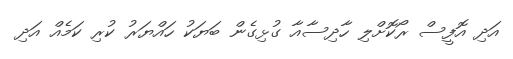
އަދި އޮފީސް ރޯކޮށްލި ހާދިސާއާ ގުޅިގެން ބަޔަކު ހައްޔަރު ކުރި ކަމެއް އަދި